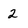
Character: 2